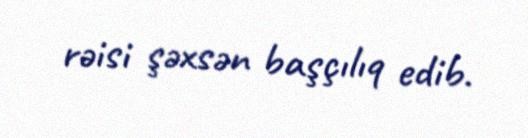
rəisi şəxsən başçılıq edib.